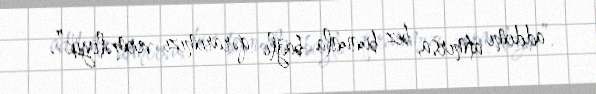
addımı atmırsa, biz bununla bağlı qərarımızı verməliyik”.